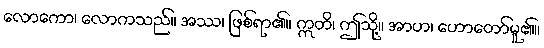
လောကော၊ လောကသည်။ အဿ၊ ဖြစ်ရာ၏။ ဣတိ၊ ဤသို့။ အာဟ၊ ဟောတော်မူ၏။